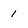
Character: i